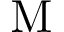
\mathrm { M }